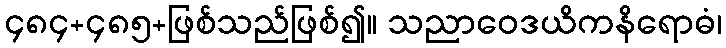
၄၈၄+၄၈၅+ဖြစ်သည်ဖြစ်၍။ သညာဝေဒယိကနိရောဓံ၊